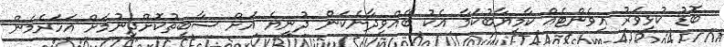
ބޮޑު ކުޅިވަރު އިވެންޓެއް ކާމިޔާބުކަމާ އެކު ބޭއްވިދާނެކަން ދުނިޔެ އަށް ސާބިތުކޮށްދިނުމަށް އަހަރެމެން